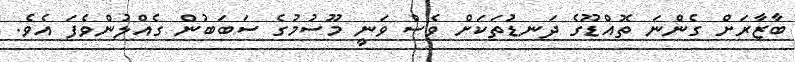
ބާޒާރަށް ގެންނަ ތޮއްޑޫގެ ދަނޑުތަކަށް ވެސް ވަނީ މޫސުމުގެ ސަބަބުން ގެއްލުންވެފަ އެވެ.